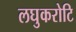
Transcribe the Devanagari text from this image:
लघुकरोटि